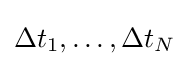
\Delta t_{1},\dots ,\Delta t_{N}